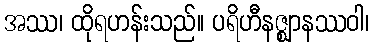
အဿ၊ ထိုရဟန်းသည်။ ပရိဟီနဇ္ဈာနဿဝါ၊